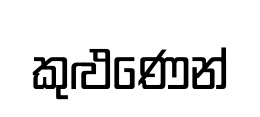
කුළුණෙන්